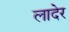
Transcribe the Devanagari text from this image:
लादेर